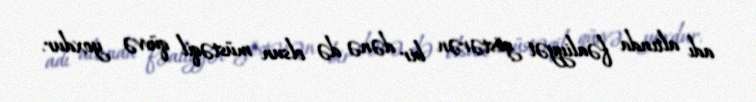
adı altında fəaliyyət göstərən bir dənə də olsun müstəqil qüvvə yoxdur.